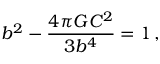
b ^ { 2 } - { \frac { 4 \pi G C ^ { 2 } } { 3 b ^ { 4 } } } = 1 \, ,